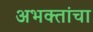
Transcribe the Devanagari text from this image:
अभक्तांचा